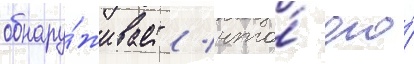
обнару́живает / что́ его́